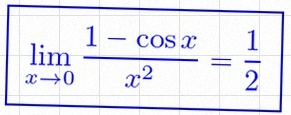
\lim_{x\to0}\frac{1-\cos x}{x^2}=\frac12